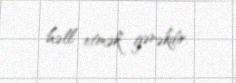
həll etmək gərəkdir.